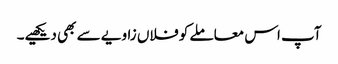
آپ اس معاملے کو فلاں زاویے سے بھی دیکھیے۔